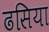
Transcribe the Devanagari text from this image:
ढसिया